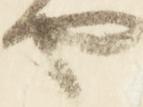
や